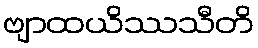
ဗျာထယိဿသီတိ